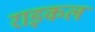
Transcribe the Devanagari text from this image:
राइकल